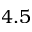
4 . 5